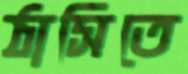
ঠাসিতে